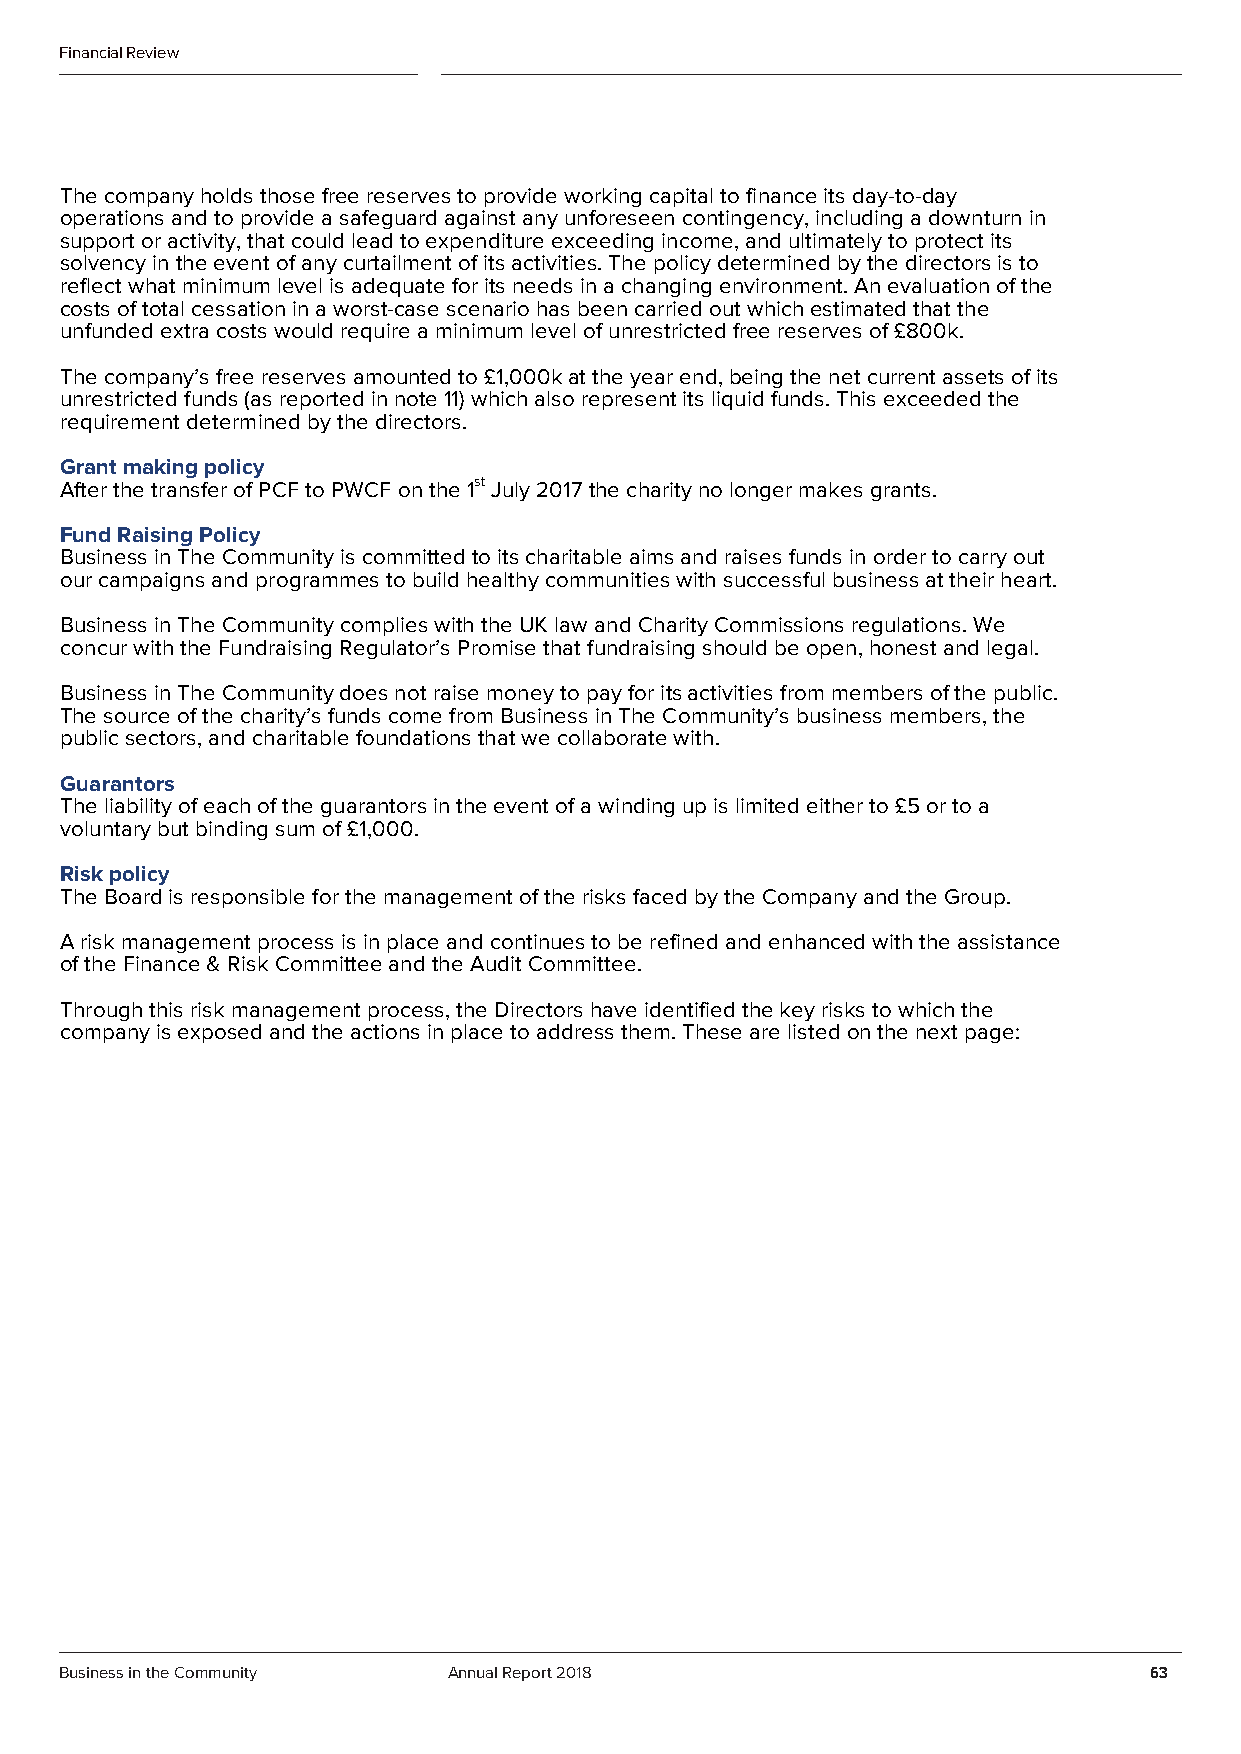
Financial Review
 The company holds those free reserves to provide working capital to finance its day-to-day
 operations and to provide a safeguard against any unforeseen contingency, including a downturn in
 support or activity, that could lead to expenditure exceeding income, and ultimately to protect its
 solvency in the event of any curtailment of its activities. The policy determined by the directors is to
 reflect what minimum level is adequate for its needs in a changing environment. An evaluation of the
 costs of total cessation in a worst-case scenario has been carried out which estimated that the
 unfunded extra costs would require a minimum level of unrestricted free reserves of £800k.
 The company’s free reserves amounted to £1,000k at the year end, being the net current assets of its
 unrestricted funds (as reported in note 11) which also represent its liquid funds. This exceeded the
 requirement determined by the directors.
 Grant making policy
 After the transfer of PCF to PWCF on the 1st July 2017 the charity no longer makes grants.
 Fund Raising Policy
 Business in The Community is committed to its charitable aims and raises funds in order to carry out
 our campaigns and programmes to build healthy communities with successful business at their heart.
 Business in The Community complies with the UK law and Charity Commissions regulations. We
 concur with the Fundraising Regulator’s Promise that fundraising should be open, honest and legal.
 Business in The Community does not raise money to pay for its activities from members of the public.
 The source of the charity’s funds come from Business in The Community’s business members, the
 public sectors, and charitable foundations that we collaborate with.
 Guarantors
 The liability of each of the guarantors in the event of a winding up is limited either to £5 or to a
 voluntary but binding sum of £1,000.
 Risk policy
 The Board is responsible for the management of the risks faced by the Company and the Group.
 A risk management process is in place and continues to be refined and enhanced with the assistance
 of the Finance & Risk Committee and the Audit Committee.
 Through this risk management process, the Directors have identified the key risks to which the
 company is exposed and the actions in place to address them. These are listed on the next page:
 Business in the Community Annual Report 2018                            63